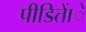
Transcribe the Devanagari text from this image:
पीडिताेंे